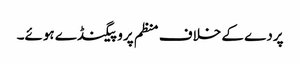
پردے کے خلاف منظم پروپیگنڈے ہوئے۔